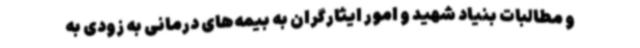
و مطالبات بنیاد شهید و امور ایثارگران به بیمه‌های درمانی به زودی به